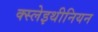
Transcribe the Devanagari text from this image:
क्स्लेइथीनियन